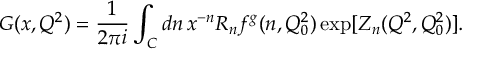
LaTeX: G ( x , Q ^ { 2 } ) = \frac { 1 } { 2 \pi i } \int _ { C } d n \, x ^ { - n } R _ { n } f ^ { g } ( n , Q _ { 0 } ^ { 2 } ) \exp [ Z _ { n } ( Q ^ { 2 } , Q _ { 0 } ^ { 2 } ) ] .